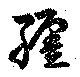
纒